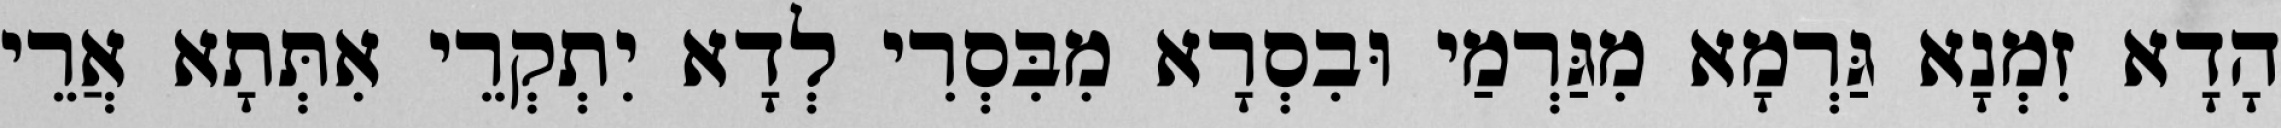
הָדָא זִמְנָא גַּרְמָא מִגַּרְמַי וּבִסְרָא מִבִּסְרִי לְדָא יִתְקְרֵי אִתְּתָא אֲרֵי